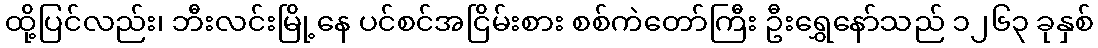
ထို့ပြင်လည်း၊ ဘီးလင်းမြို့နေ ပင်စင်အငြိမ်းစား စစ်ကဲတော်ကြီး ဦးရွှေနော်သည် ၁၂၆၃ ခုနှစ်